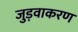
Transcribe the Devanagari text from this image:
जुड़वाकरण